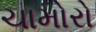
ચામોરો